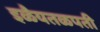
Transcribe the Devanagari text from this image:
इळैयतळपती